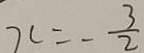
x = - \frac { 3 } { 2 }